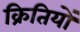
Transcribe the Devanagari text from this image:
क्रितियों